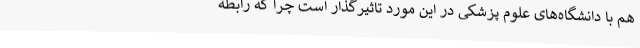
هم با دانشگاه‌های علوم پزشکی در این مورد تاثیرگذار است چرا که رابطه